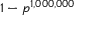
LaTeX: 1 - p ^ { 1 , 0 0 0 , 0 0 0 }